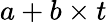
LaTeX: a+b\times t